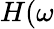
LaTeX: H(\omega